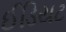
ઈડિયટ